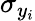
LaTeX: \sigma_{y_{i}}